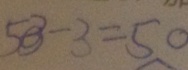
5 3 - 3 = 5 0